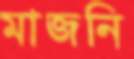
মাজনি